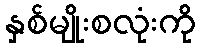
နှစ်မျိုးစလုံးကို